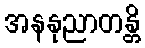
အနနုညာတန္တိ